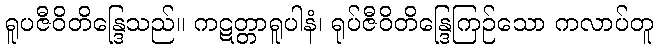
ရူပဇီဝိတိန္ဒြေသည်။ ကဋတ္တာရူပါနံ၊ ရုပ်ဇီဝိတိန္ဒြေကြဉ်သော ကလာပ်တူ